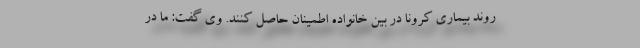
روند بیماری کرونا در بین خانواده اطمینان حاصل کنند. وی گفت: ما در